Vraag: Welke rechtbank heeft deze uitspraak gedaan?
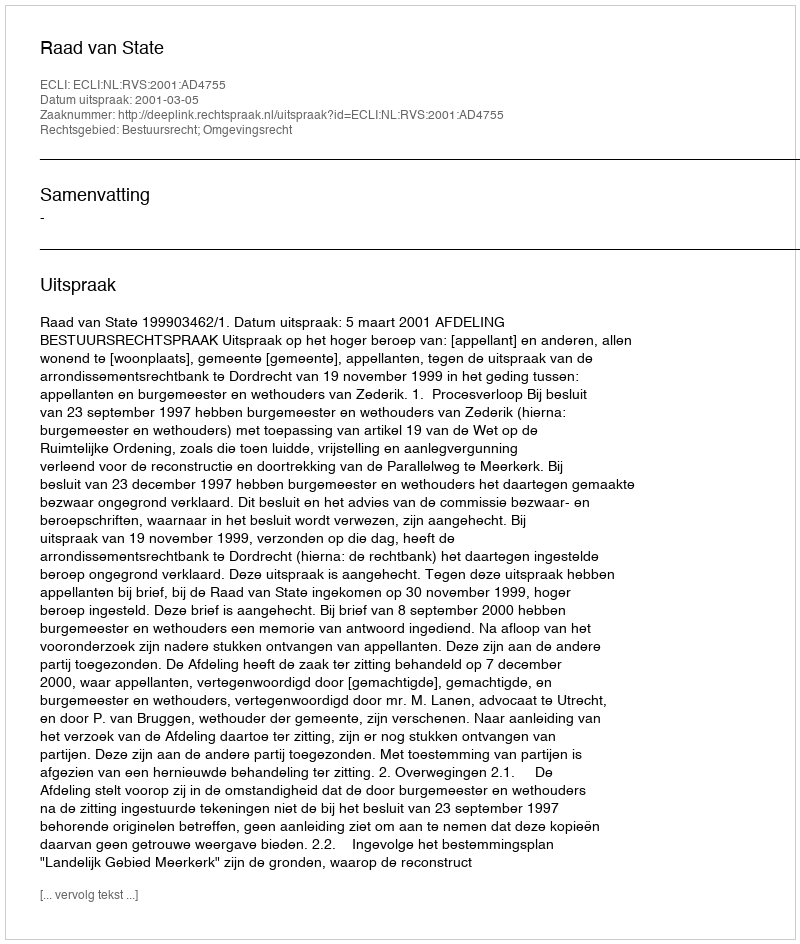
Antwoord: Raad van State